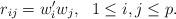
LaTeX: \begin{align*}r_{ij}=w_i'w_j, ~~1\le i, j\le p.\end{align*}